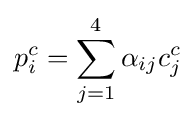
p_{i}^{c}=\sum _{j=1}^{4}{\alpha _{ij}c_{j}^{c}}